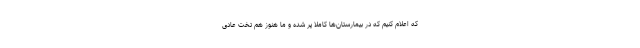
که اعلام کنیم که در بیمارستان‌ها کاملا پُر شده و ما هنوز هم تخت عادی